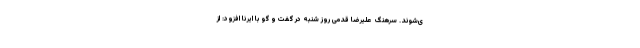
ی‌شوند. سرهنگ علیرضا قدمی روز شنبه در گفت و گو با ایرنا افزود: از